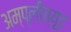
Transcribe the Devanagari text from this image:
अम्प्लीच्यूड